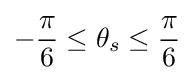
-{\frac {\pi }{6}}\leq \theta _{s}\leq {\frac {\pi }{6}}